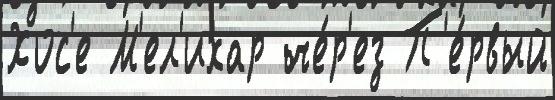
Хос'е М'ел'ихар че́р'ез П'е́рвый